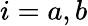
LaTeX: i=a,b